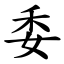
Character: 委